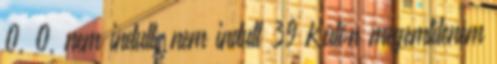
0, 0, nem indult, nem indult 39 Külön megemlíteném